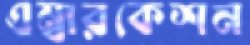
এম্বারকেশন